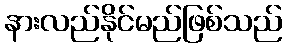
နားလည်နိုင်မည်ဖြစ်သည်